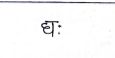
मजकूर: घ: